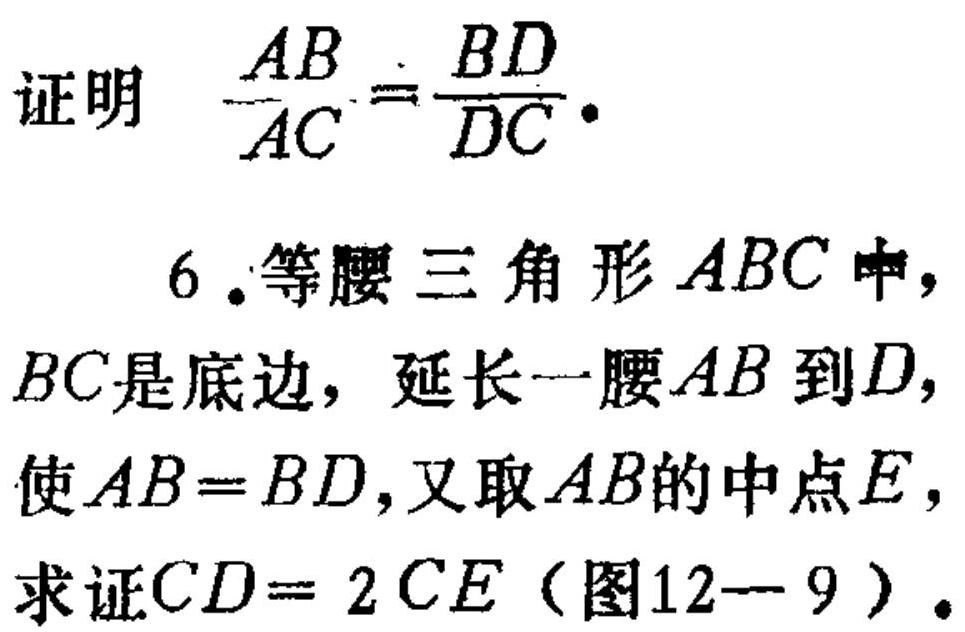
证明 \(\frac{AB}{AC}=\frac{BD}{DC}\)。
6. 等腰三角形 \(ABC\) 中，\(BC\)是底边，延长一腰 \(AB\) 到\(D\)，使 \(AB = BD\)，又取 \(AB\)的中点\(E\)，求证\(CD = 2CE\)（图12—9）。